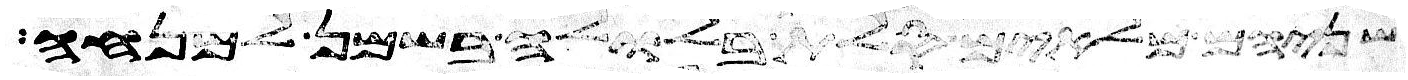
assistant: שניהם מלאים סלת בלולה בשמן למנחה